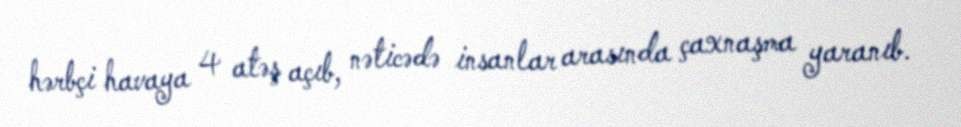
hərbçi havaya 4 atəş açıb, nəticədə insanlar arasında çaxnaşma yaranıb.